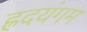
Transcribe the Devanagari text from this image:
ह्रदयंगम